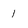
Character: 1